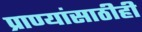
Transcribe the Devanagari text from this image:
प्राण्यांसाठीही